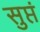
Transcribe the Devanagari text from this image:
सुप्तं